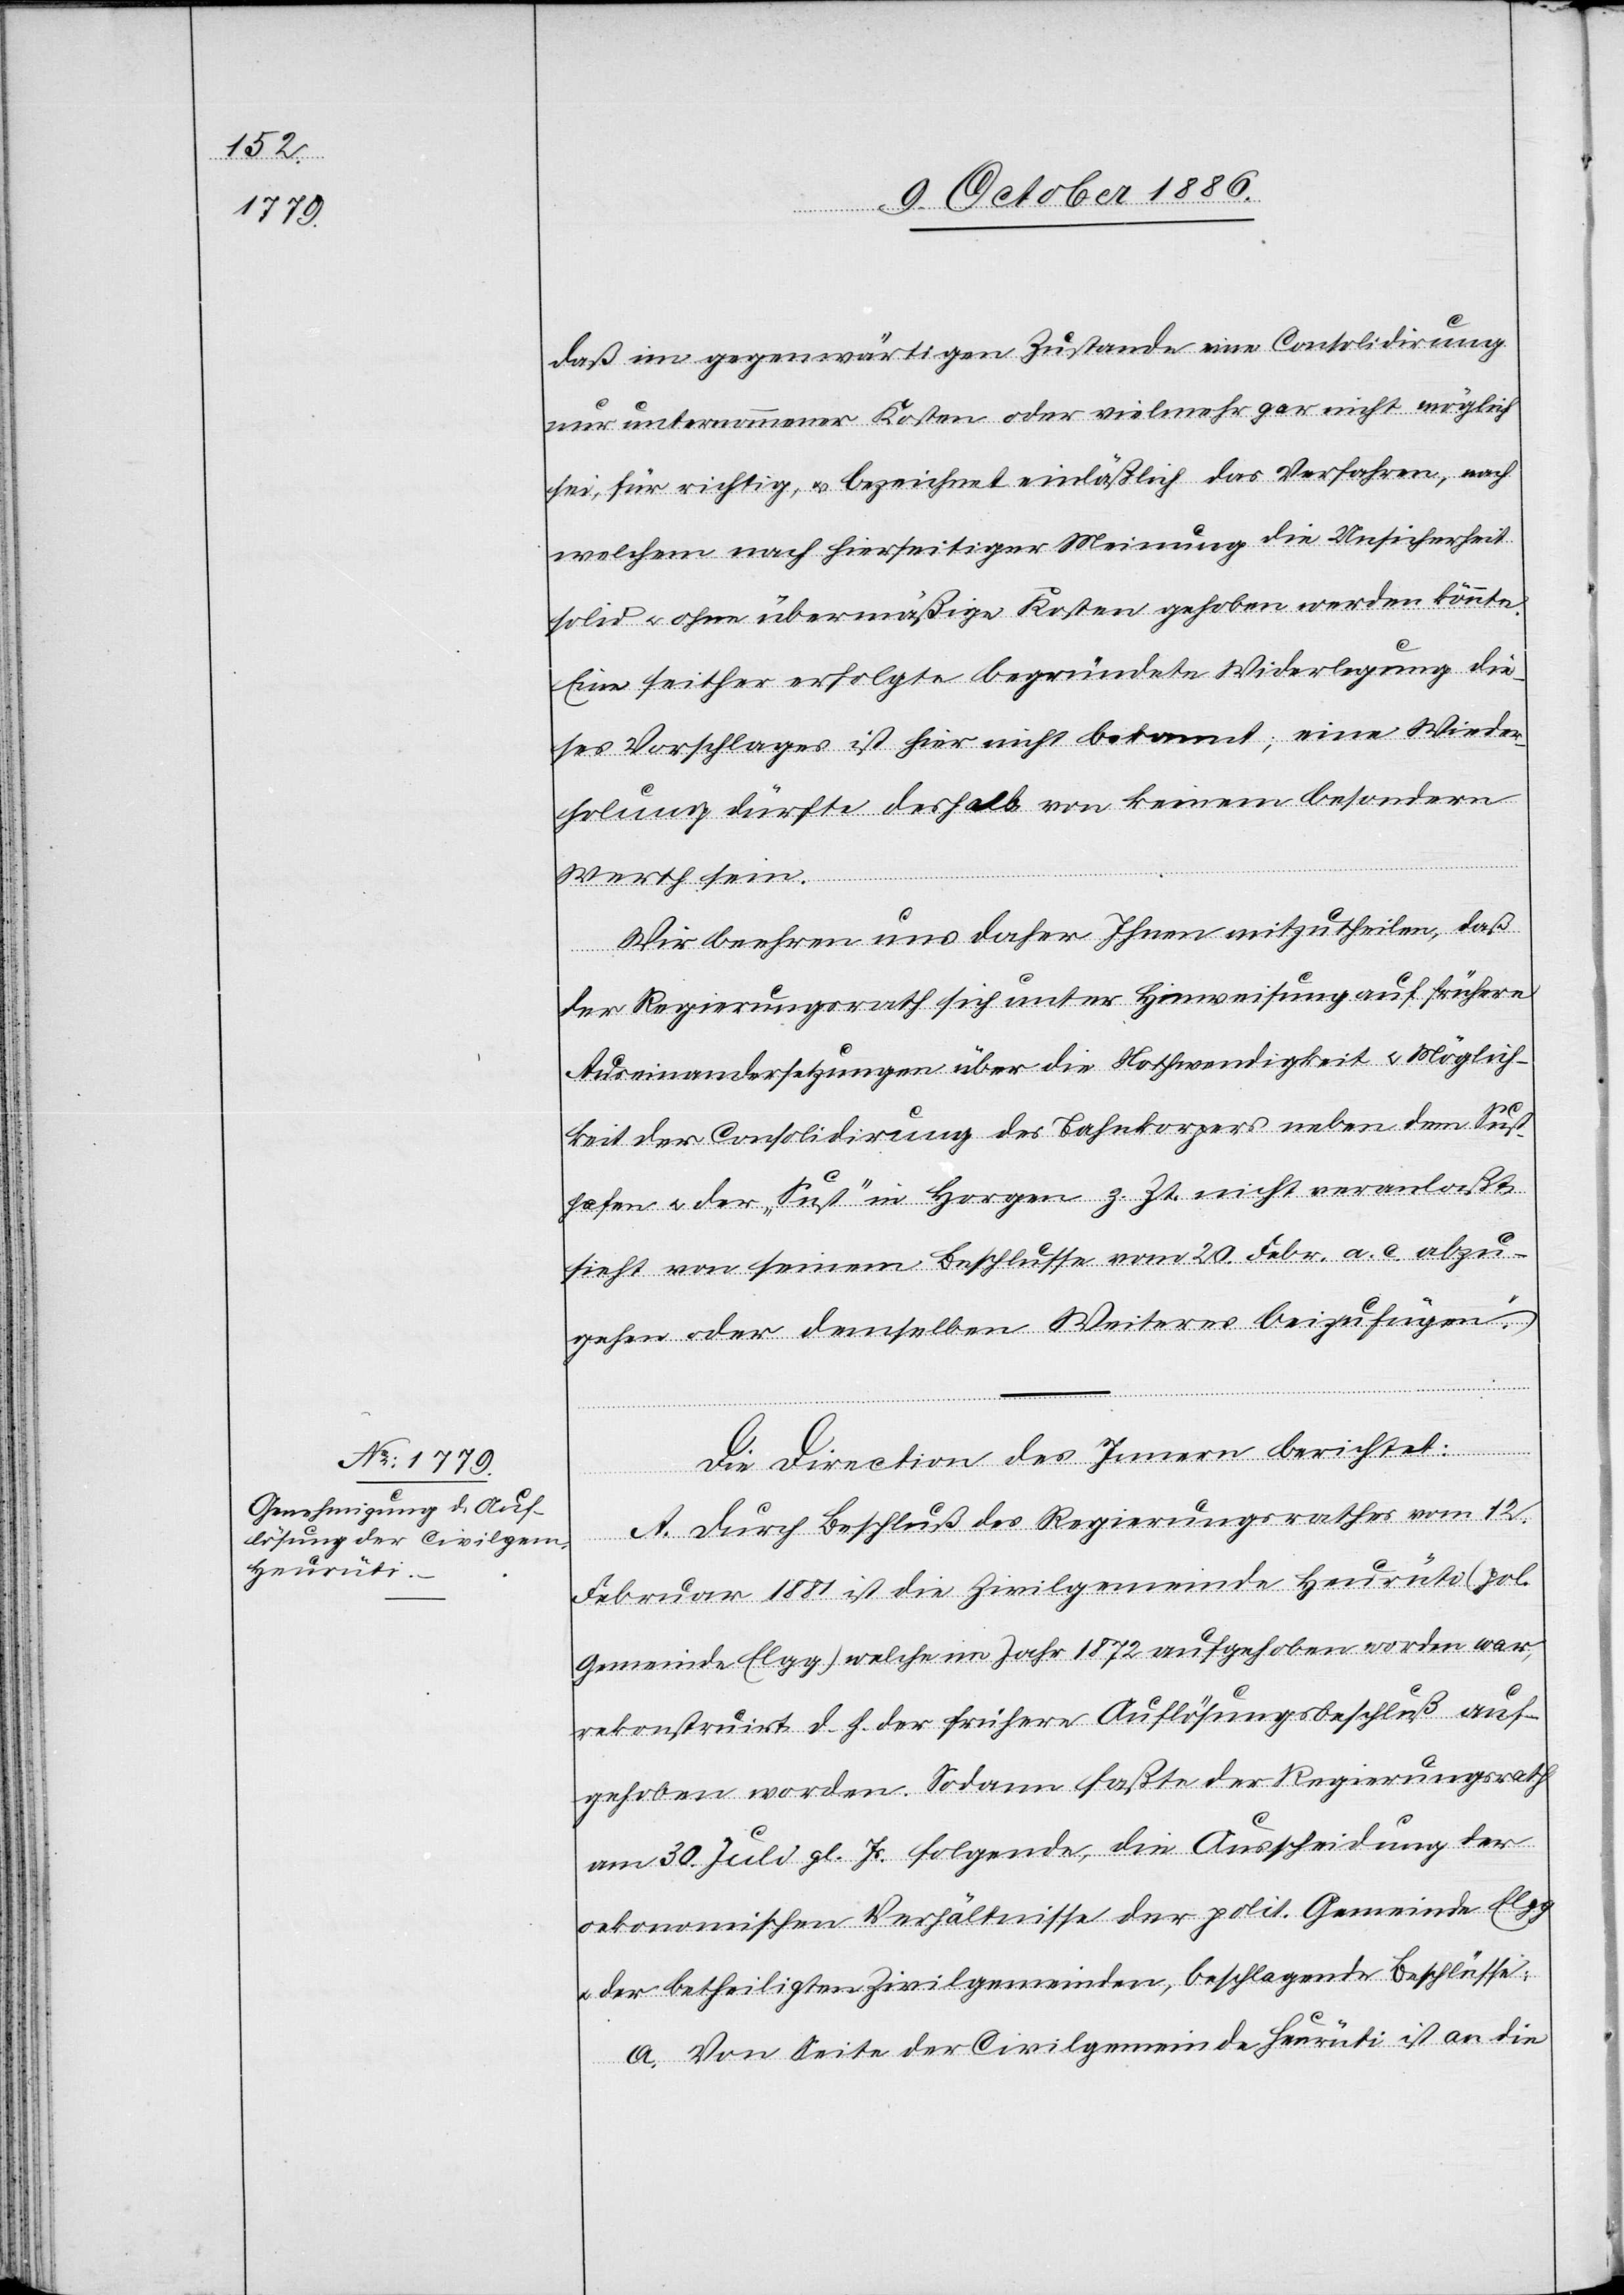
daß im gegenwärtigen Zustande eine Consolidirung
nur unternommener Kosten oder vielmehr gar nicht möglich
sei, für richtig, & bezeichnet einläßlich das Verfahren, nach
welchem nach hierseitiger Meinung die Unsicherheit
solid & ohne übermäßige Kosten gehoben werden könnte.
Eine seither erfolgte begründete Widerlegung die¬
ses Vorschlages ist hier nicht bekannt; eine Wieder¬
holung dürfte deshalb von keinem besondern
Werth sein.
Wir beehren uns daher Ihnen mitzutheilen, daß
der Regierungsrath sich unter Hinweisung auf frühere
Auseinandersetzungen über die Nothwendigkeit & Möglich¬
keit der Consolidirung des Bahnkorpers [sic!] neben dem Sust¬
hafen & der „Sust“ in Horgen z. Zt. nicht veranlaßt
sieht von seinem Beschlusse vom 20. Febr. a. c. abzu¬
gehen oder demselben Weiteres beizufügen.“
Die Direction des Innern berichtet:
A. Durch Beschluß des Regierungsrathes vom 12.
Februar 1881 ist die Zivilgemeinde Heurüti (pol.
Gemeinde Elgg) welche im Jahr 1872 aufgehoben worden war,
rekonstruirt, d. h. der frühere Auflösungsbeschluß auf¬
gehoben worden. Sodann faßte der Regierungsrath
am 30. Juli gl. Js. folgende, die Ausscheidung der
oekonomischen Verhältnisse der polit. Gemeinde Elgg
der betheiligten Zivilgemeinden, beschlagende Beschlüsse:
a. Von Seite der Civilgemeinde Heurüti ist an die